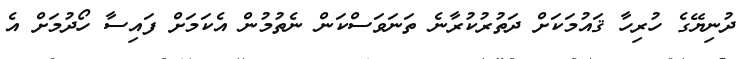
ދުނިޔޭގެ ހުރިހާ ޤައުމަކަށް ދަތުރުކުރާނެ ތަނަވަސްކަން ނެތުމުން އެކަމަށް ފައިސާ ހޯދުމަށް އެ